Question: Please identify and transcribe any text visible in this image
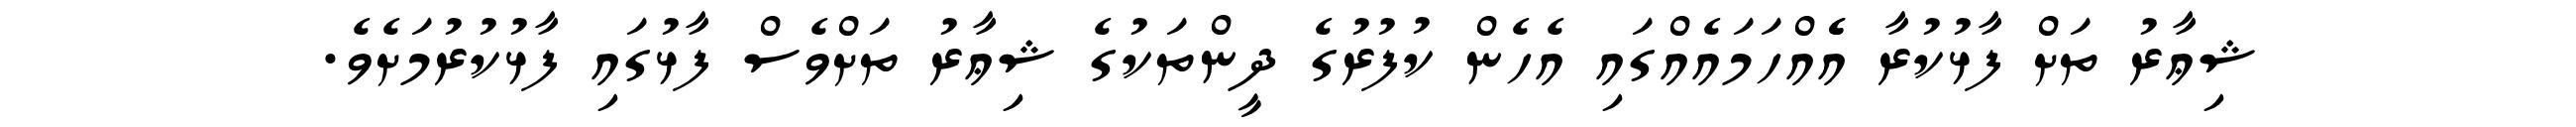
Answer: ޝިޢާރު ތަށް ފާޅުކުރާ އެެއްހަމައެއްގައި އެހެން ކުފުރުގެ ދީންތަކުގެ ޝިޢާރު ތަށްވެސް ފާޅުގައި ފާޅުކުރުމަށެވެ.